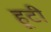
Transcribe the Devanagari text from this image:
हूटी